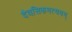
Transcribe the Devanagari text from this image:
दैवसिकमत्ययम्‌